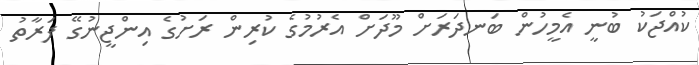
ކުއްޖަކު ބުނީ އެމީހުން ބަނދަރަށް މޫދަށް އެރުމުގެ ކުރިން ރަށުގެ އިންޖީނުގޭ ފަރާތު